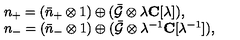
\begin{array} { l } { n _ { + } = ( \bar { n } _ { + } \otimes 1 ) \oplus ( \bar { { \cal G } } \otimes \lambda { \bf C } [ \lambda ] ) , } \\ { n _ { - } = ( \bar { n } _ { - } \otimes 1 ) \oplus ( \bar { { \cal G } } \otimes \lambda ^ { - 1 } { \bf C } [ \lambda ^ { - 1 } ] ) , } \\ \end{array}